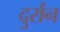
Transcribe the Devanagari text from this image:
दुर्रान